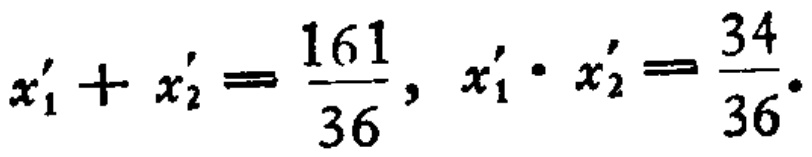
\(x_{1}'+x_{2}'=\frac{161}{36},\ x_{1}'\cdot x_{2}'=\frac{34}{36}\)